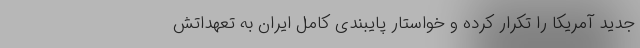
جدید آمریکا را تکرار کرده و خواستار پایبندی کامل ایران به تعهداتش